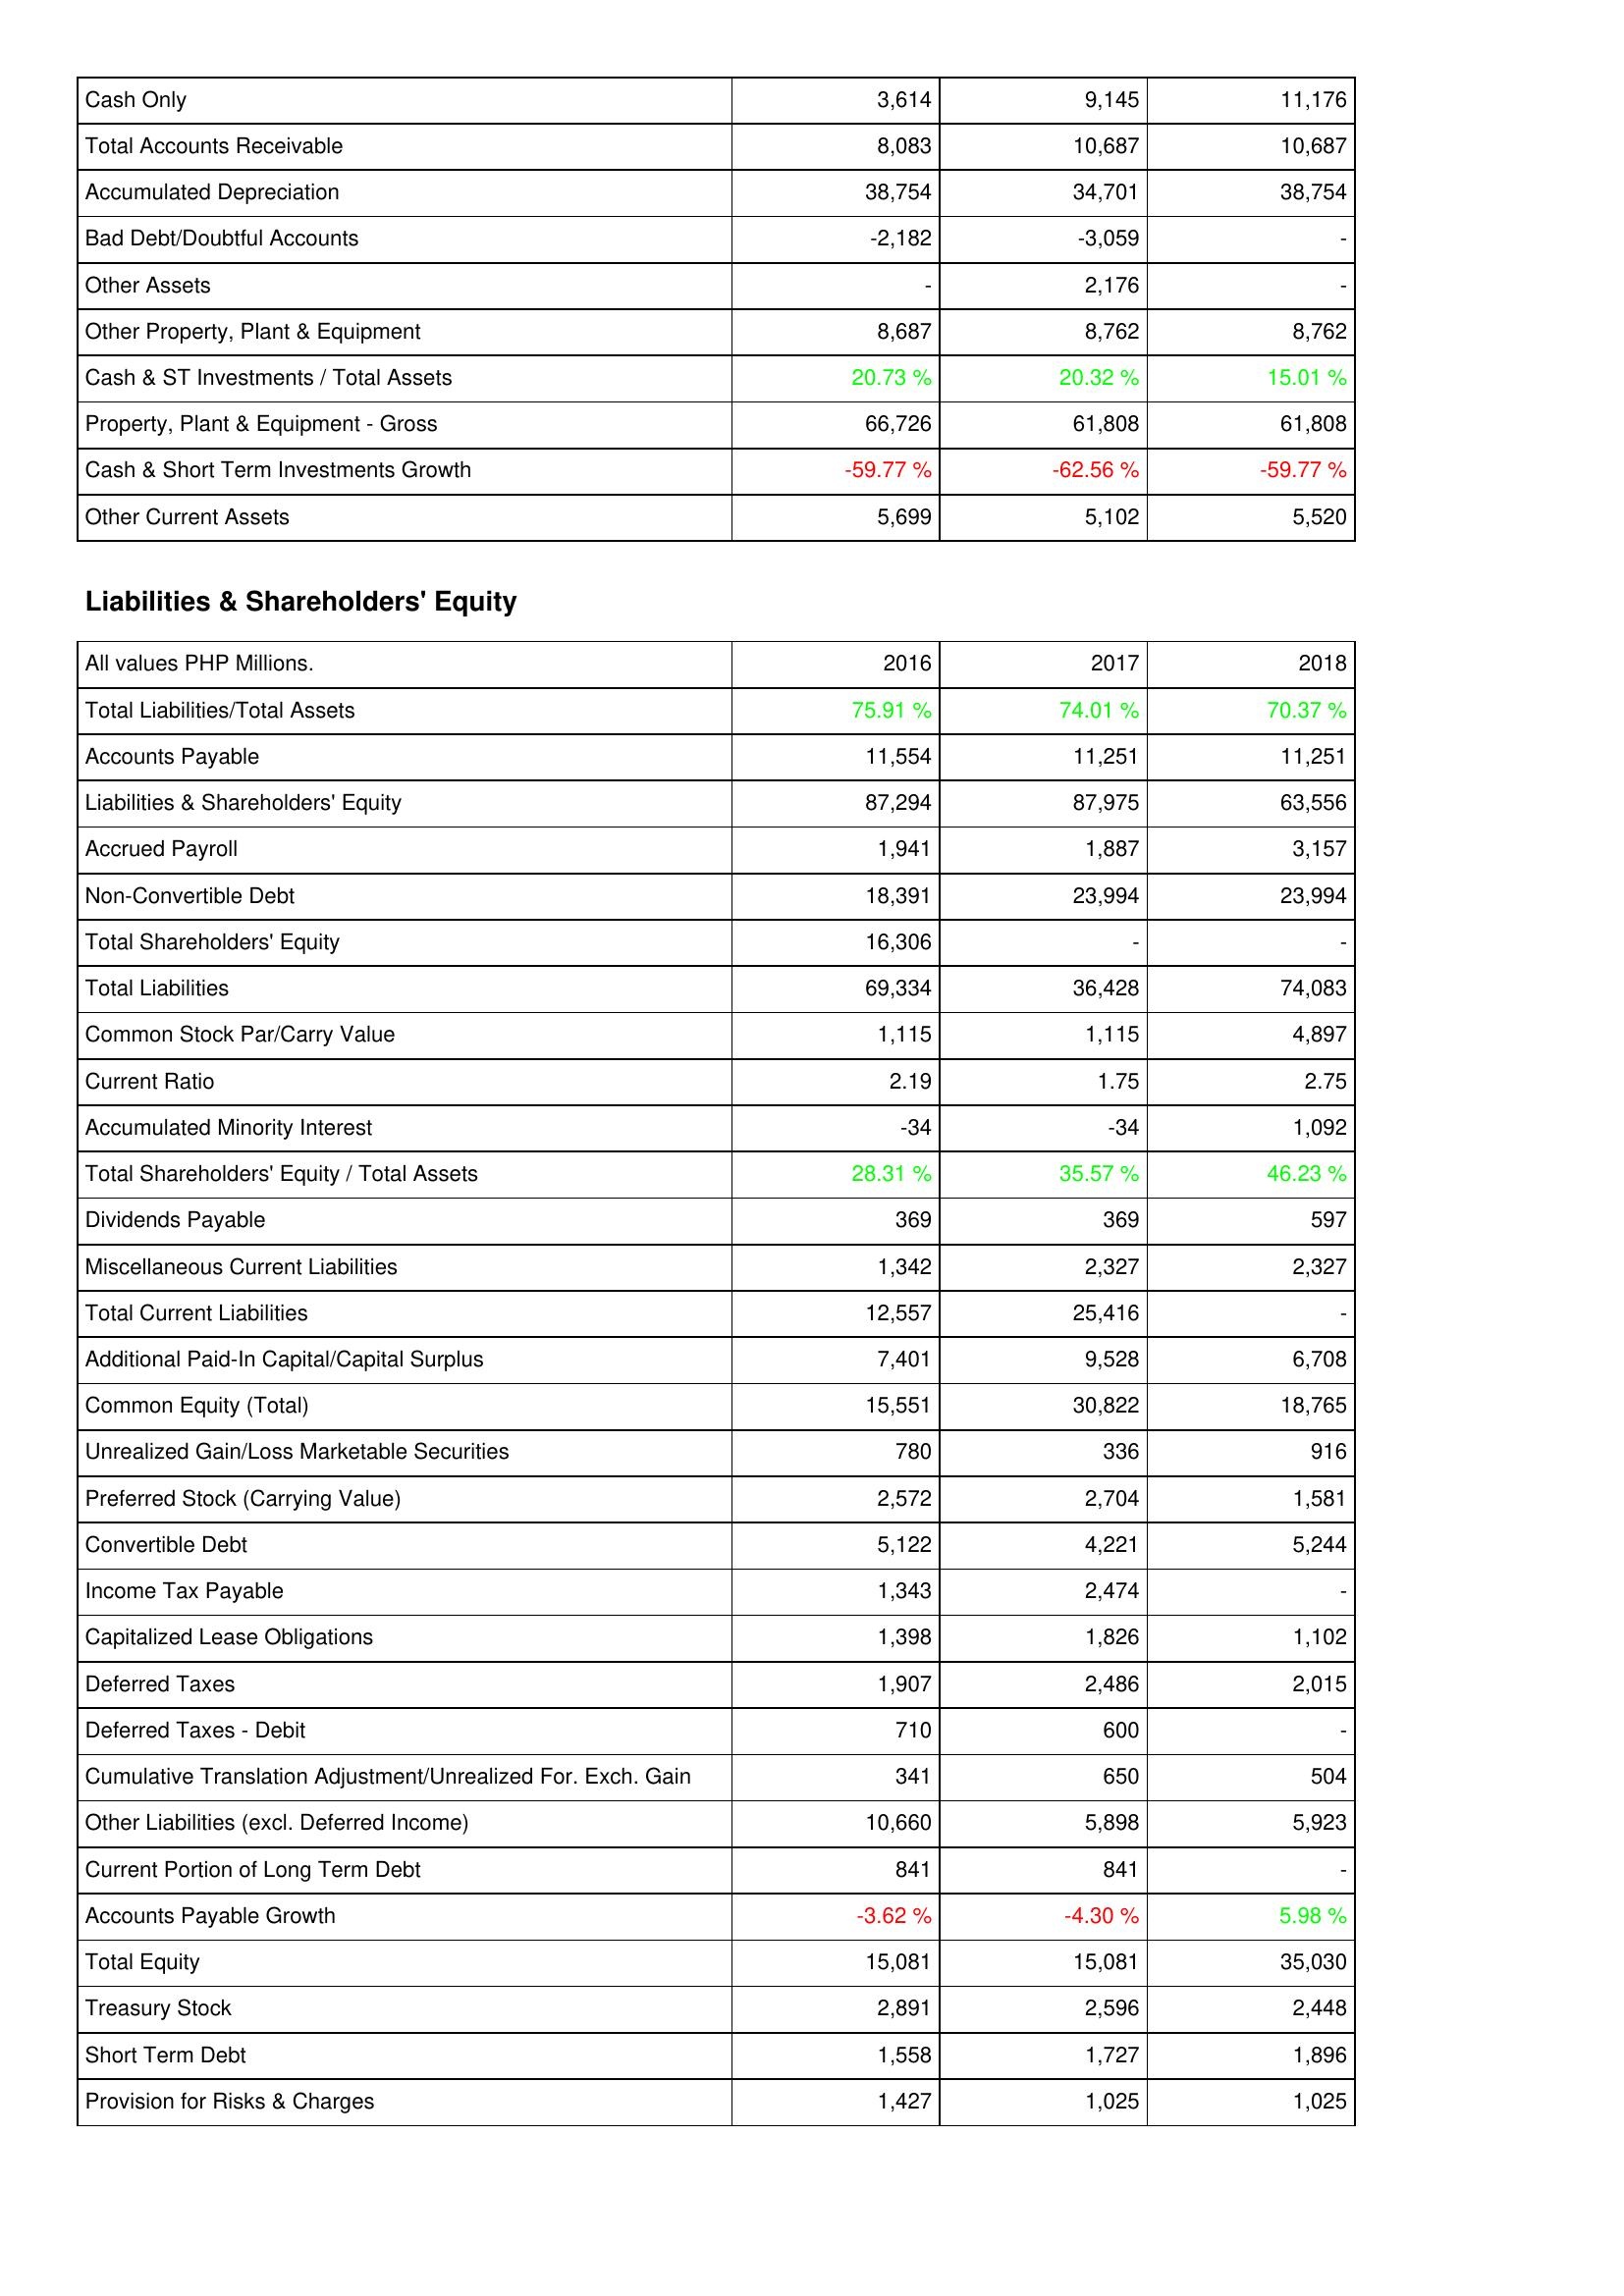
2016: Assets: Cash Only: 3,614
Total Accounts Receivable: 8,083
Accumulated Depreciation: 38,754
Bad Debt/Doubtful Accounts: -2,182
Other Assets: -
Other Property, Plant & Equipment: 8,687
Cash & ST Investments / Total Assets: 20.73 %
Property, Plant & Equipment - Gross: 66,726
Cash & Short Term Investments Growth: -59.77 %
Other Current Assets: 5,699
Liabilities & Shareholders' Equity: Total Liabilities/Total Assets: 75.91 %
Accounts Payable: 11,554
Liabilities & Shareholders' Equity: 87,294
Accrued Payroll: 1,941
Non-Convertible Debt: 18,391
Total Shareholders' Equity: 16,306
Total Liabilities: 69,334
Common Stock Par/Carry Value: 1,115
Current Ratio: 2.19
Accumulated Minority Interest: -34
Total Shareholders' Equity / Total Assets: 28.31 %
Dividends Payable: 369
Miscellaneous Current Liabilities: 1,342
Total Current Liabilities: 12,557
Additional Paid-In Capital/Capital Surplus: 7,401
Common Equity (Total): 15,551
Unrealized Gain/Loss Marketable Securities: 780
Preferred Stock (Carrying Value): 2,572
Convertible Debt: 5,122
Income Tax Payable: 1,343
Capitalized Lease Obligations: 1,398
Deferred Taxes: 1,907
Deferred Taxes - Debit: 710
Cumulative Translation Adjustment/Unrealized For. Exch. Gain: 341
Other Liabilities (excl. Deferred Income): 10,660
Current Portion of Long Term Debt: 841
Accounts Payable Growth: -3.62 %
Total Equity: 15,081
Treasury Stock: 2,891
Short Term Debt: 1,558
Provision for Risks & Charges: 1,427
2017: Assets: Cash Only: 9,145
Total Accounts Receivable: 10,687
Accumulated Depreciation: 34,701
Bad Debt/Doubtful Accounts: -3,059
Other Assets: 2,176
Other Property, Plant & Equipment: 8,762
Cash & ST Investments / Total Assets: 20.32 %
Property, Plant & Equipment - Gross: 61,808
Cash & Short Term Investments Growth: -62.56 %
Other Current Assets: 5,102
Liabilities & Shareholders' Equity: Total Liabilities/Total Assets: 74.01 %
Accounts Payable: 11,251
Liabilities & Shareholders' Equity: 87,975
Accrued Payroll: 1,887
Non-Convertible Debt: 23,994
Total Shareholders' Equity: -
Total Liabilities: 36,428
Common Stock Par/Carry Value: 1,115
Current Ratio: 1.75
Accumulated Minority Interest: -34
Total Shareholders' Equity / Total Assets: 35.57 %
Dividends Payable: 369
Miscellaneous Current Liabilities: 2,327
Total Current Liabilities: 25,416
Additional Paid-In Capital/Capital Surplus: 9,528
Common Equity (Total): 30,822
Unrealized Gain/Loss Marketable Securities: 336
Preferred Stock (Carrying Value): 2,704
Convertible Debt: 4,221
Income Tax Payable: 2,474
Capitalized Lease Obligations: 1,826
Deferred Taxes: 2,486
Deferred Taxes - Debit: 600
Cumulative Translation Adjustment/Unrealized For. Exch. Gain: 650
Other Liabilities (excl. Deferred Income): 5,898
Current Portion of Long Term Debt: 841
Accounts Payable Growth: -4.30 %
Total Equity: 15,081
Treasury Stock: 2,596
Short Term Debt: 1,727
Provision for Risks & Charges: 1,025
2018: Assets: Cash Only: 11,176
Total Accounts Receivable: 10,687
Accumulated Depreciation: 38,754
Bad Debt/Doubtful Accounts: -
Other Assets: -
Other Property, Plant & Equipment: 8,762
Cash & ST Investments / Total Assets: 15.01 %
Property, Plant & Equipment - Gross: 61,808
Cash & Short Term Investments Growth: -59.77 %
Other Current Assets: 5,520
Liabilities & Shareholders' Equity: Total Liabilities/Total Assets: 70.37 %
Accounts Payable: 11,251
Liabilities & Shareholders' Equity: 63,556
Accrued Payroll: 3,157
Non-Convertible Debt: 23,994
Total Shareholders' Equity: -
Total Liabilities: 74,083
Common Stock Par/Carry Value: 4,897
Current Ratio: 2.75
Accumulated Minority Interest: 1,092
Total Shareholders' Equity / Total Assets: 46.23 %
Dividends Payable: 597
Miscellaneous Current Liabilities: 2,327
Total Current Liabilities: -
Additional Paid-In Capital/Capital Surplus: 6,708
Common Equity (Total): 18,765
Unrealized Gain/Loss Marketable Securities: 916
Preferred Stock (Carrying Value): 1,581
Convertible Debt: 5,244
Income Tax Payable: -
Capitalized Lease Obligations: 1,102
Deferred Taxes: 2,015
Deferred Taxes - Debit: -
Cumulative Translation Adjustment/Unrealized For. Exch. Gain: 504
Other Liabilities (excl. Deferred Income): 5,923
Current Portion of Long Term Debt: -
Accounts Payable Growth: 5.98 %
Total Equity: 35,030
Treasury Stock: 2,448
Short Term Debt: 1,896
Provision for Risks & Charges: 1,025